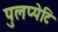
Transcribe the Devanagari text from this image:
पुलप्पेटि